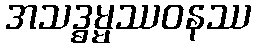
အသဒ္ဓမ္မဿဝနဿ